Lunatic asylums United Provinces 1909-1921 - 1909-1921
Year: 1909
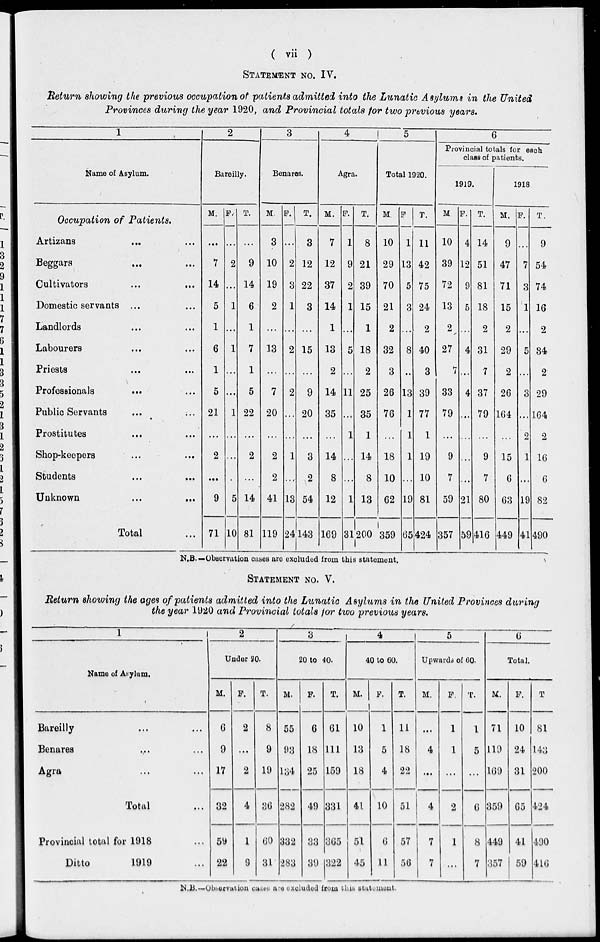
( vii )
STATEMENT NO. IV.
Return showing the previous occupation of patients admitted into the Lunatic Asylums in the United
Provinces during the year 1920, and Provincial totals for two previous years.
1
Name of Asylum.
Occupation of Patients.
Artizans ... ...
Beggars
...
...
Cultivators ... ...
Domestic servants ... ...
Landlords ... ...
Labourers ... ...
Priests ... ...
Professionals ... ...
Public Servants ... ...
Prostitutes ... ...
Shop-keepers ... ...
Students ... ...
Unknown ... ...
Total ...
2
Bareilly.
M.
...
7
14
5
1
6
1
5
21
...
2
...
9
71
F.
...
2
...
1
...
1
...
...
1
...
...
...
5
10
T.
...
9
14
6
1
7
1
5
22
...
2
...
14
81
3
Benares.
M.
3
10
19
2
...
13
...
7
20
...
2
2
41
119
F.
...
2
3
1
...
2
...
2
...
...
1
...
13
24
T.
3
12
22
3
...
15
...
9
20
...
3
2
54
143
4
Agra.
M.
7
12
37
14
1
13
2
14
35
...
14
8
12
169
F.
1
9
2
1
...
5
...
11
...
1
...
...
1
31
T.
8
21
39
15
1
18
2
25
35
1
14
8
13
200
5
Total 1920.
M.
10
29
70
21
2
32
3
26
76
...
18
10
62
359
F.
1
13
5
3
...
8
...
13
1
1
1
...
19
65
T.
11
42
75
24
2
40
3
39
77
1
19
10
81
424
6
Provincial totals for each
class of patients.
1919.
M
10
39
72
13
2
27
7
33
79
...
9
7
59
357
F.
4
12
9
5
...
4
...
4
...
...
...
...
21
59
T.
14
51
81
18
2
31
7
37
79
...
9
7
80
416
1918
M.
9
47
71
15
2
29
2
26
164
...
15
6
63
449
F.
...
7
3
1
...
5
...
3
...
2
1
...
19
41
T.
9
54
74
16
2
34
2
29
164
2
16
6
82
490
N.B.— Observation cases are excluded from this statement.
STATEMENT NO. V.
Return showing the ages of patients admitted into the Lunatic Asylums in the United Provinces during
the year 1920 and Provincial totals for two previous years.
1
Name of Asylum.
Bareilly ... ...
Benares ... ...
Agra ... ...
Total ...
Provincial total for 1918 ...
Ditto
1919 ...
2
Under 20.
M.
6
9
17
32
59
22
F.
2
...
2
4
1
9
T.
8
9
19
36
60
31
3
20 to 40.
M.
55
93
134
282
332
283
F.
6
18
25
49
33
39
T.
61
111
159
331
365
322
4
40 to 60.
M.
10
13
18
41
51
45
F.
1
5
4
10
6
11
T.
11
18
22
51
57
56
5
Upwards of 60.
M.
...
4
...
4
7
7
F.
1
1
...
2
1
...
T.
1
5
...
6
8
7
6
Total.
M.
71
119
169
359
449
357
F.
10
24
31
65
41
59
T.
81
143
200
424
490
416
N.B.—Observation cases are excluded from this statement.